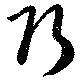
巧